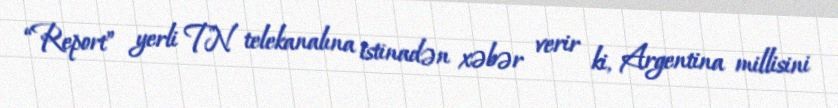
“Report” yerli TN telekanalına istinadən xəbər verir ki, Argentina millisini